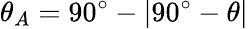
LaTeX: \theta_{A}=90^{\circ}-\left|90^{\circ}-\theta\right|